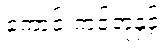
ကောင်းကင်ဘုံနှင့်